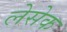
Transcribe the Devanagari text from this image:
लेसेक